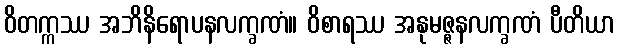
ဝိတက္ကဿ အဘိနိရောပနလက္ခဏံ။ ဝိစာရဿ အနုမဇ္ဇနလက္ခဏံ ပီတိယာ